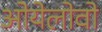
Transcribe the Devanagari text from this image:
ओयेलोवो